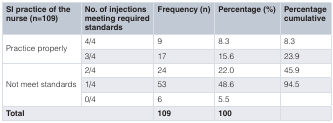
<table><thead><tr><td><b>SI practice of thenurse (n=109)</b></td><td><b>No. of injectionsmeeting requiredstandards</b></td><td><b>Frequency (n)</b></td><td><b>Percentage (%)</b></td><td><b>Percentagecumulative</b></td></tr></thead><tbody><tr><td rowspan="2">Practice properly</td><td>4/4</td><td>9</td><td>8.3</td><td>8.3</td></tr><tr><td>3/4</td><td>17</td><td>15.6</td><td>23.9</td></tr><tr><td rowspan="3">Not meet standards</td><td>2/4</td><td>24</td><td>22.0</td><td>45.9</td></tr><tr><td>1/4</td><td>53</td><td>48.6</td><td>94.5</td></tr><tr><td>0/4</td><td>6</td><td>5.5</td><td></td></tr><tr><td colspan="2"><b>Total</b></td><td><b>109</b></td><td><b>100</b></td><td></td></tr></tbody></table>